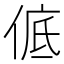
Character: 𪝊